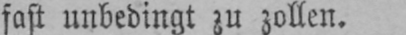
fast unbedingt zu zollen.